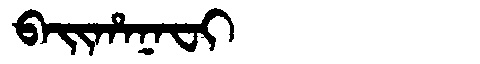
Manchu: ᠪᠠᡳᡥᠠᠨᠠᠸᡳ
Romanization: BAIHANAFI